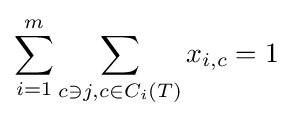
\sum _{i=1}^{m}\sum _{c\ni j,c\in C_{i}(T)}x_{i,c}=1